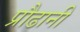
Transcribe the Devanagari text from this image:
प्रौढानी